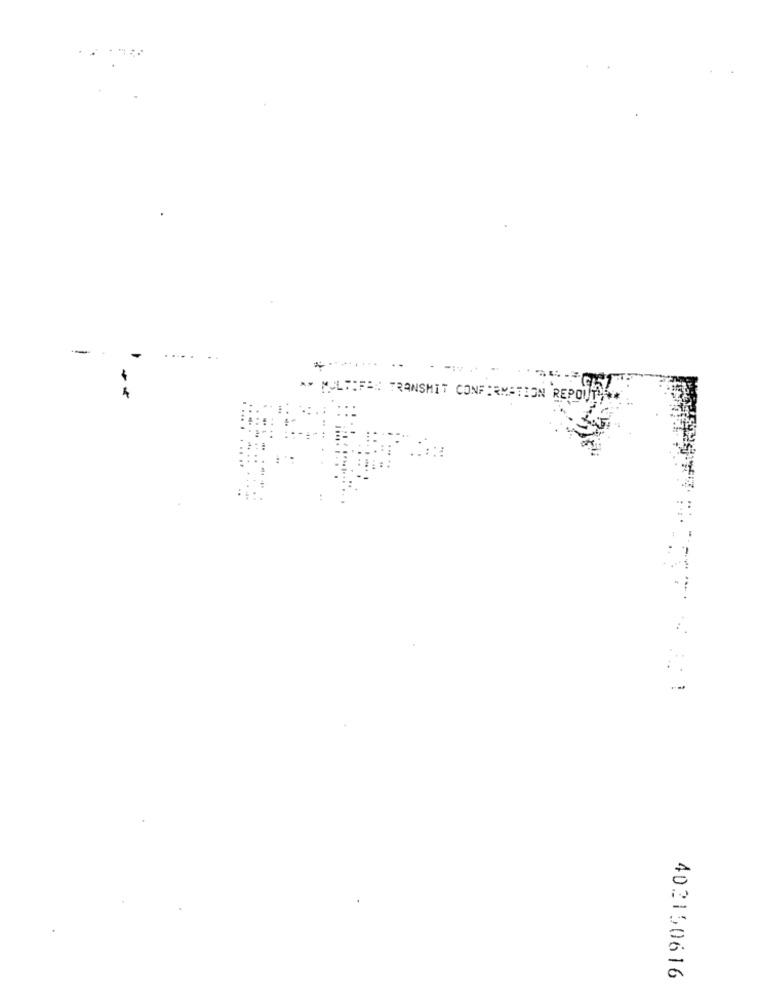
-
MULTIFEN TRANSMIT CONFIRMATION REPOUPELA
.-
402150616